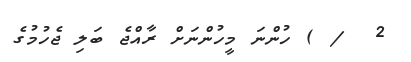
2  / ) ހުންނަ މީހުންނަށް ރާއްޖެ ބަލި ޖެހުމުގެ